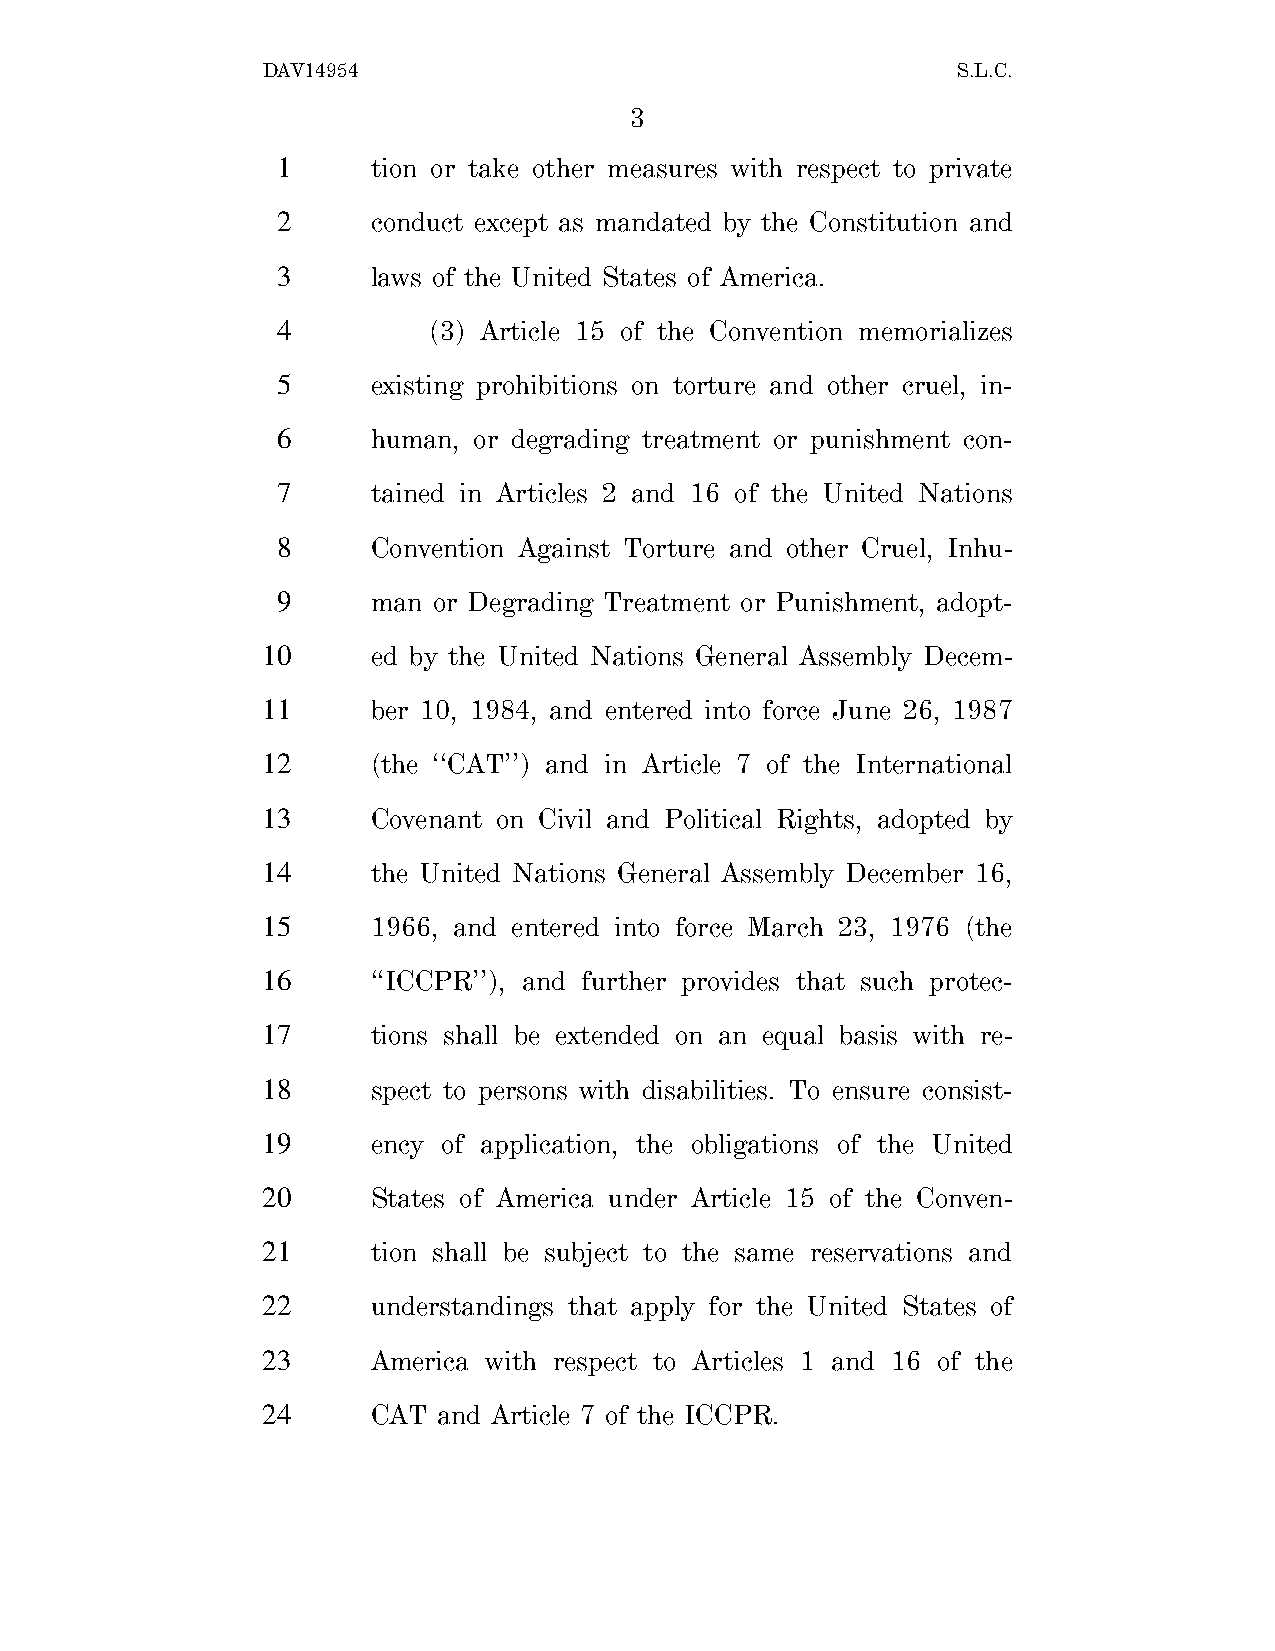
DAV14954                                      S.L.C.
 3
 1      tion or take other measures with respect to private
 2      conduct except as mandated by the Constitution and
 3      laws of the United States of America.
 4         (3) Article 15 of the Convention memorializes
 5      existing prohibitions on torture and other cruel, in-
 6      human, or degrading treatment or punishment con-
 7      tained in Articles 2 and 16 of the United Nations
 8      Convention Against Torture and other Cruel, Inhu-
 9      man or Degrading Treatment or Punishment, adopt-
 10      ed by the United Nations General Assembly Decem-
 11      ber 10, 1984, and entered into force June 26, 1987
 12      (the ‘‘CAT’’) and in Article 7 of the International
 13      Covenant on Civil and Political Rights, adopted by
 14      the United Nations General Assembly December 16,
 15      1966, and entered into force March 23, 1976 (the
 16      ‘‘ICCPR’’), and further provides that such protec-
 17      tions shall be extended on an equal basis with re-
 18      spect to persons with disabilities. To ensure consist-
 19      ency of application, the obligations of the United
 20      States of America under Article 15 of the Conven-
 21      tion shall be subject to the same reservations and
 22      understandings that apply for the United States of
 23      America with respect to Articles 1 and 16 of the
 24      CAT and Article 7 of the ICCPR.